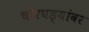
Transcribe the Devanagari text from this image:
चोरघड्यांवर